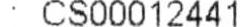
: CS00012441